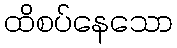
ထိစပ်နေသော